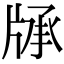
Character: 𤗓